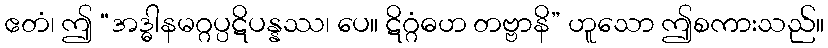
ဧတံ၊ ဤ “အဒ္ဓါနမဂ္ဂပ္ပဋိပန္နဿ၊ ပေ။ ဋိဂ္ဂံဓဟ တဗ္ဗာနိ” ဟူသော ဤစကားသည်။